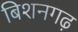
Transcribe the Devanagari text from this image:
बिशनगढ़